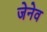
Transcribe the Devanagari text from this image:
जेनेव